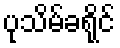
ပုသိမ်ခရိုင်